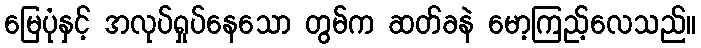
မြေပုံနှင့် အလုပ်ရှုပ်နေသော တွမ်က ဆတ်ခနဲ မော့ကြည့်လေသည်။